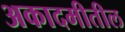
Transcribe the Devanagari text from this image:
अकादमीतील